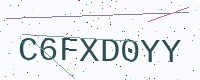
Text: C6FXD0YY